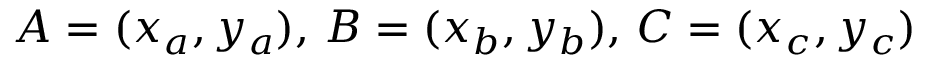
A = ( x _ { a } , y _ { a } ) , \, B = ( x _ { b } , y _ { b } ) , \, C = ( x _ { c } , y _ { c } )